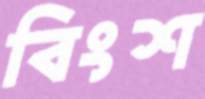
বিংশ